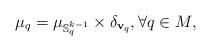
LaTeX: \begin{align*}\mu_q = \mu_{\mathbb{S}^{k-1}_q} \times \delta_{\mathbf{v}_q}, \forall q \in M,\end{align*}